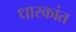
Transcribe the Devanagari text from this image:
धारकांत